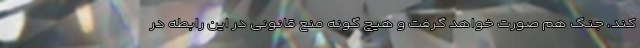
کند، جنگ هم صورت خواهد گرفت و هیچ گونه منع قانونی در این رابطه در